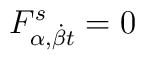
F^{s}_{\alpha , {\dot \beta}t}=0